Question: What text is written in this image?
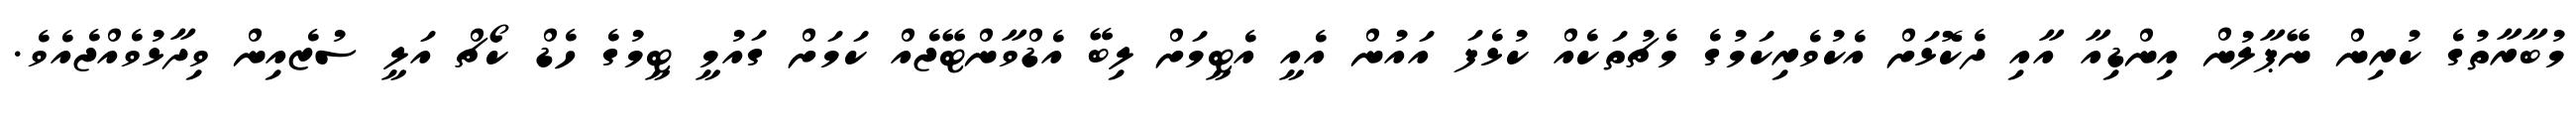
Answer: މުބާރާތުގެ ކުރިން ނޭޕާލުން އިންޑިއާ އާއި ދެކޮޅަށް އެކުވެރިކަމުގެ މެޗުތަކެއް ކުޅެފަ އައުން އެއީ އެޓީމަށް ލިބޭ އެޑްވާންޓޭޖެއް ކަމަށް ގައުމީ ޓީމުގެ ހެޑް ކޯޗް އަލީ ސުޒެއިން ވިދާޅުވެއްޖެއެވެ.